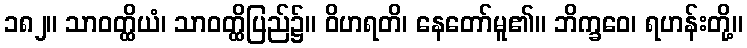
၁၈၂။ သာဝတ္ထိယံ၊ သာဝတ္ထိပြည်၌။ ဝိဟရတိ၊ နေတော်မူ၏။ ဘိက္ခဝေ၊ ရဟန်းတို့။